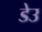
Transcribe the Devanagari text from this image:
डेउ